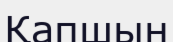
Қапшын